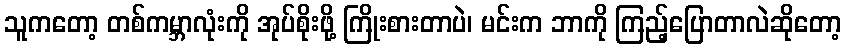
သူကတော့ တစ်ကမ္ဘာလုံးကို အုပ်စိုးဖို့ ကြိုးစားတာပဲ၊ မင်းက ဘာကို ကြည့်ပြောတာလဲဆိုတော့